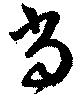
當